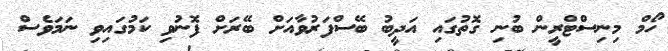
ހޯމް މިނިސްޓްރީން ބުނި ގޮތުގައި އަދީބު ބޭސްފަރުވާއަށް ބޭރަށް ފޮނުވި ކަމުގައިވި ނަމަވެސް